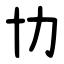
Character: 㔹